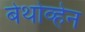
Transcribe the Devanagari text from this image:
बेथोव्हेन